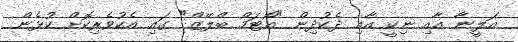
އަލީނާ އާއި ނިކީ އާއި ދެކުދިން "އޯޓަމް ބްލޭޒް" ގައި އެކުވެރިކޮށް ކުޅެން